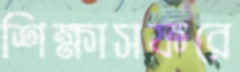
শিক্ষাসফরে